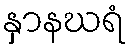
နှာနဃရံ